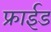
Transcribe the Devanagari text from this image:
फ्राईड